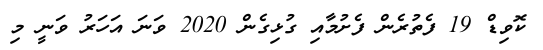
ކޮވިޑް 19 ފެތުރެން ފެށުމާއި ގުޅިގެން 2020 ވަނަ އަަހަރު ވަނީ މި